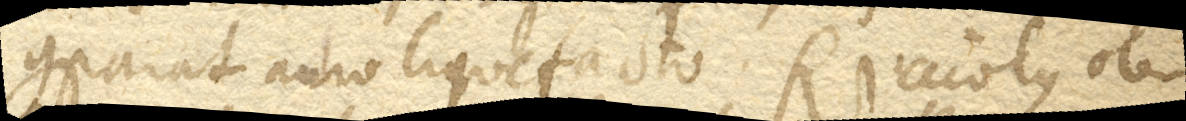
comparat auro liquefacto. Ricciolus ob-